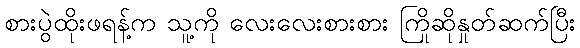
စားပွဲထိုးဖရန့်က သူ့ကို လေးလေးစားစား ကြိုဆိုနှုတ်ဆက်ပြီး